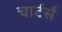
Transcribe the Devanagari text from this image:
चार्टर्स